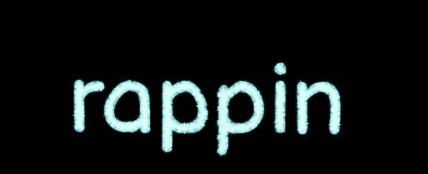
rappin